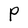
Character: P